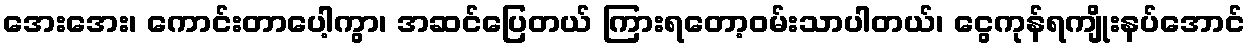
အေးအေး၊ ကောင်းတာပေါ့ကွာ၊ အဆင်ပြေတယ် ကြားရတော့ဝမ်းသာပါတယ်၊ ငွေကုန်ရကျိုးနပ်အောင်